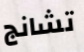
تشانج